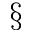
^ \mathsection